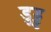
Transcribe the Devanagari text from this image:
डुड्डु